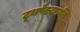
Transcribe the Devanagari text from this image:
टूथपेस्टपर्यंत